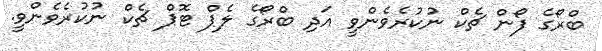
ބްރޯގެ ފޯން ޗެކް ނުކުރެވެންވީ އަދި ބްރޯގެ ލެޕް ޓޮޕް ޗެކް ނުކުރެވެންވީ.